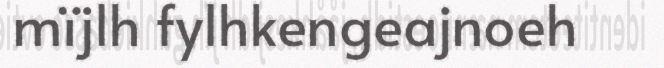
mïjlh fylhkengeajnoeh